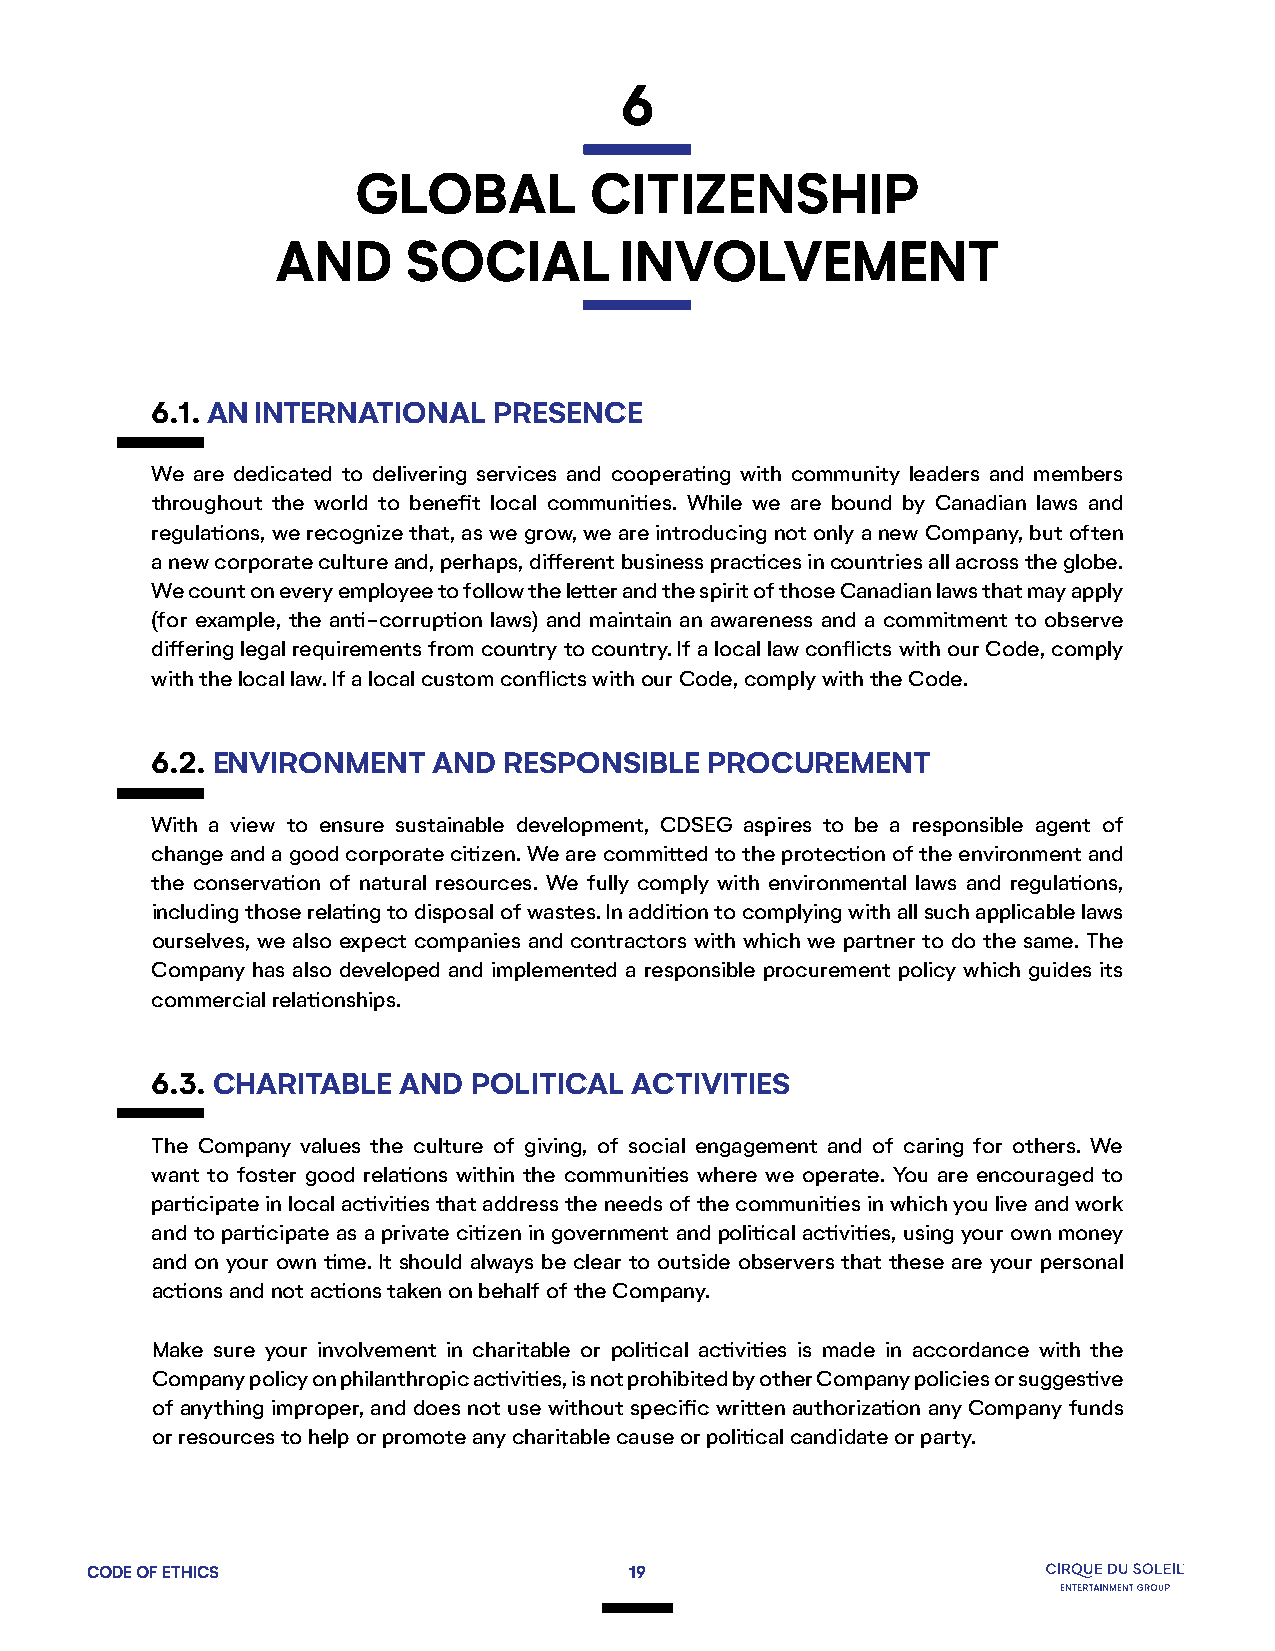
6
 GLOBAL         CITIZENSHIP
 AND      SOCIAL        INVOLVEMENT
 6.1. AN INTERNATIONAL  PRESENCE
 We are dedicated to delivering services and cooperating with community leaders and members
 throughout the world to benefit local communities. While we are bound by Canadian laws and
 regulations, we recognize that, as we grow, we are introducing not only a new Company, but often
 a new corporate culture and, perhaps, different business practices in countries all across the globe.
 We count on every employee to follow the letter and the spirit of those Canadian laws that may apply
 (for example, the anti-corruption laws) and maintain an awareness and a commitment to observe
 differing legal requirements from country to country. If a local law conflicts with our Code, comply
 with the local law. If a local custom conflicts with our Code, comply with the Code.
 6.2. ENVIRONMENT   AND RESPONSIBLE   PROCUREMENT
 With a view to ensure sustainable development, CDSEG aspires to be a responsible agent of
 change and a good corporate citizen. We are committed to the protection of the environment and
 the conservation of natural resources. We fully comply with environmental laws and regulations,
 including those relating to disposal of wastes. In addition to complying with all such applicable laws
 ourselves, we also expect companies and contractors with which we partner to do the same. The
 Company has also developed and implemented a responsible procurement policy which guides its
 commercial relationships.
 6.3. CHARITABLE AND  POLITICAL  ACTIVITIES
 The Company values the culture of giving, of social engagement and of caring for others. We
 want to foster good relations within the communities where we operate. You are encouraged to
 participate in local activities that address the needs of the communities in which you live and work
 and to participate as a private citizen in government and political activities, using your own money
 and on your own time. It should always be clear to outside observers that these are your personal
 actions and not actions taken on behalf of the Company.
 Make sure your involvement in charitable or political activities is made in accordance with the
 Company policy on philanthropic activities, is not prohibited by other Company policies or suggestive
 of anything improper, and does not use without specific written authorization any Company funds
 or resources to help or promote any charitable cause or political candidate or party.
 CODE OF ETHICS                      19